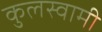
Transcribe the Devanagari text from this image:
कुुलस्वामी